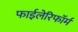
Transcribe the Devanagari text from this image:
फाईलेरिफॉर्म